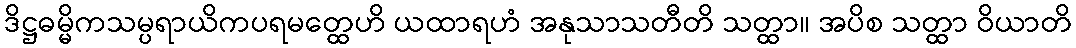
ဒိဋ္ဌဓမ္မိကသမ္ပရာယိကပရမတ္ထေဟိ ယထာရဟံ အနုသာသတီတိ သတ္ထာ။ အပိစ သတ္ထာ ဝိယာတိ